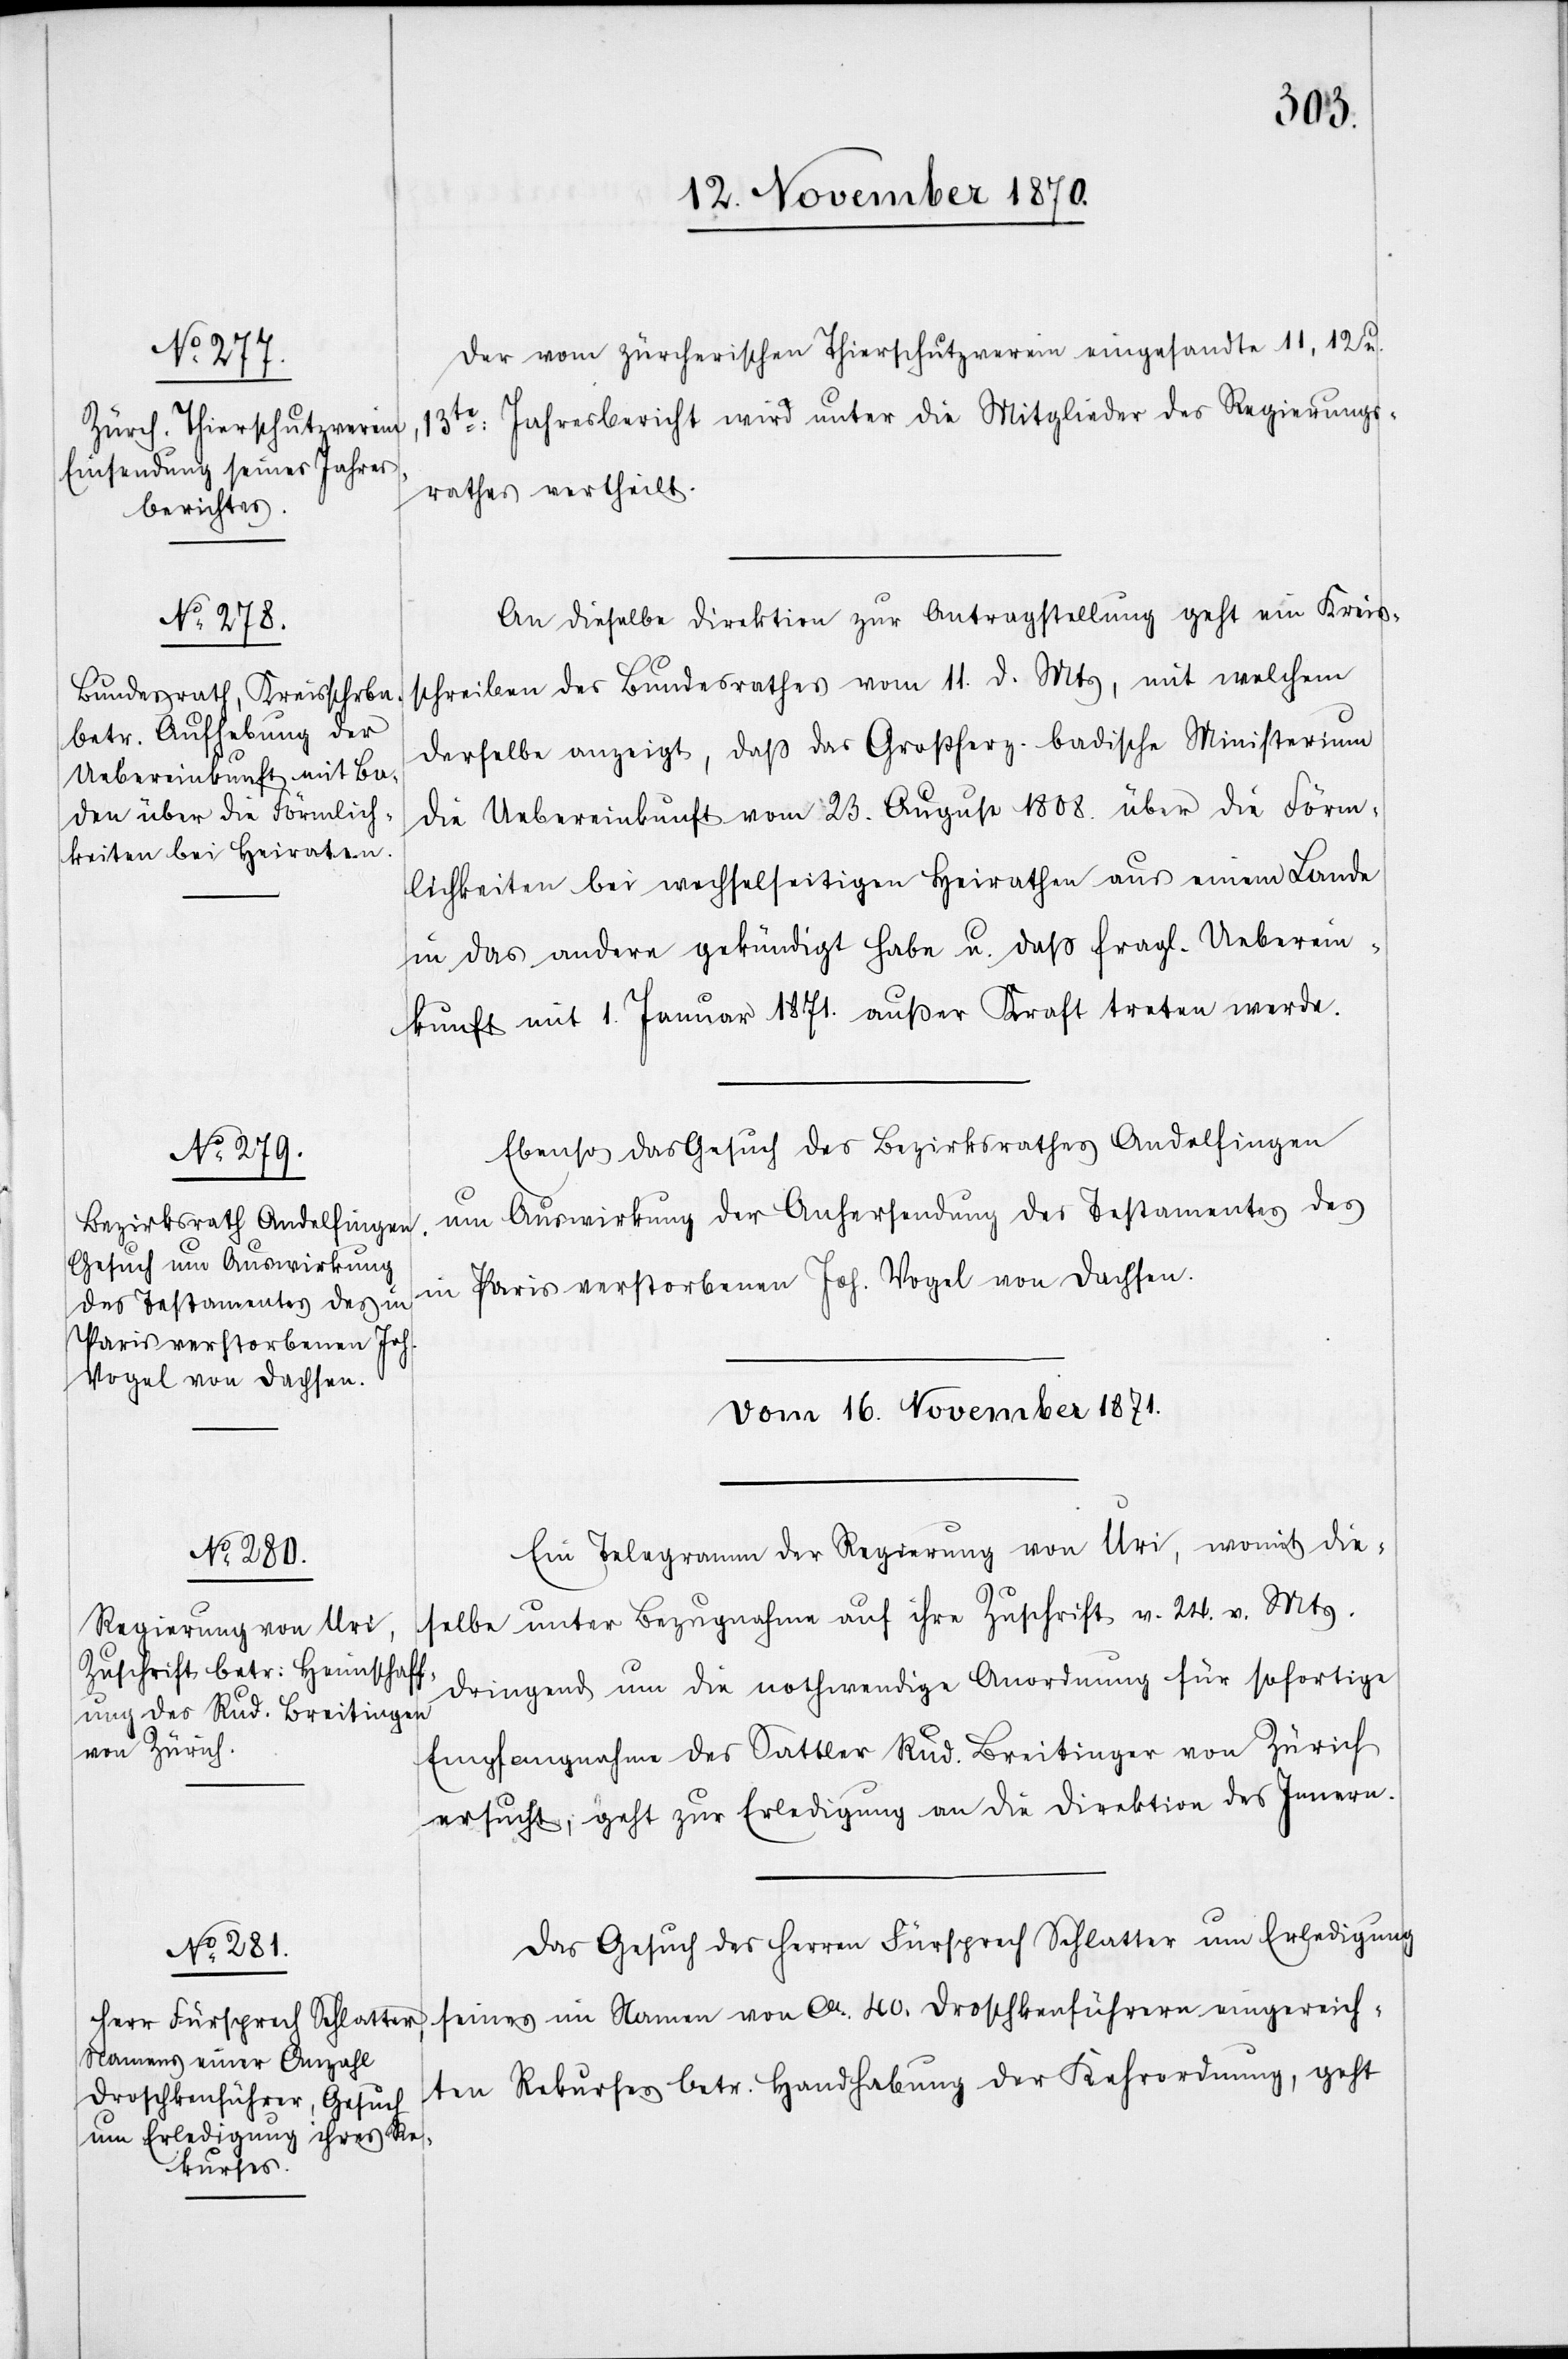
Der vom zürcherischen Thierschutzverein eingesandte 11, 12 u.
13te Jahresbericht wird unter die Mitglieder des Regierungs¬
rathes vertheilt.
An dieselbe Direktion zur Antragstellung geht ein Kreis¬
schreiben des Bundesrathes vom 11. d. Mts, mit welchem
derselbe anzeigt, daß das Großherz. badische Ministerium
die Uebereinkunft vom 23. August 1808. über die Förm¬
lichkeiten bei wechselseitigen Heirathen aus einem Lande
in das andere gekündigt habe u. daß fragl. Ueberein¬
kunft mit 1. Januar 1871. außer Kraft treten werde.
Ebenso das Gesuch des Bezirksrathes Andelfingen
um Auswirkung der Anhersendung des Testamentes des
in Paris verstorbenen Joh. Vogel von Dachsen.
Vom 16. November 1870.]
Ein Telegramm der Regierung von Uri, womit die¬
selbe unter Bezugnahme auf ihre Zuschrift v. 24. v. Mts.
dringend um die nothwendige Anordnung für sofortige
Empfangnahme des Sattler Rud. Breitinger von Zürich
ersucht, geht zur Erledigung an die Direktion des Innern.
Das Gesuch des Herren Fürsprech Schlatter um Erledigung
seines im Namen von ca. 40. Droschkenführer eingereich¬
ten Rekurses betr. Handhabung der Kehrordnung, geht